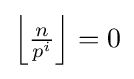
\textstyle \left\lfloor {\frac {n}{p^{i}}}\right\rfloor =0